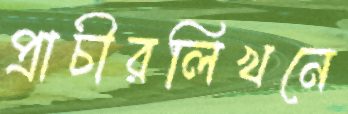
প্রাচীরলিখনে